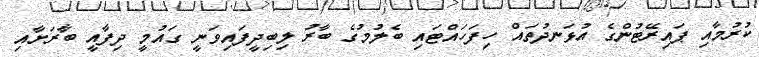
ކުރުމާއި ޕައިރޭޓުންގެ އުޅަނދުތައް ހިފަހައްޓައި ބެލުމުގެ ބާރު ލިބިދީފައިވަނީ ގައުމީ ދިފާއީ ބާރަށާއި